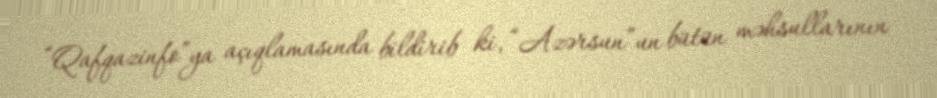
“Qafqazinfo”ya açıqlamasında bildirib ki, “Azərsun”un bütün məhsullarının